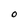
Character: O